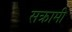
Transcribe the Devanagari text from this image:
सक्रामी